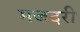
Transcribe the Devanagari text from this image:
मजदरी